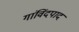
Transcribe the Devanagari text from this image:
गांविंदपाद